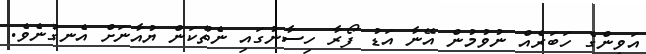
އަވީންގެ ހަބަރެއް ނުވުމުން އޭނާ އަޑު ފޯރާ ހިސާނުގައި ނެތްކަން ޔުއާނަށް އެނގުނެވެ.